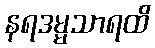
နရဒမ္မသာရထိ